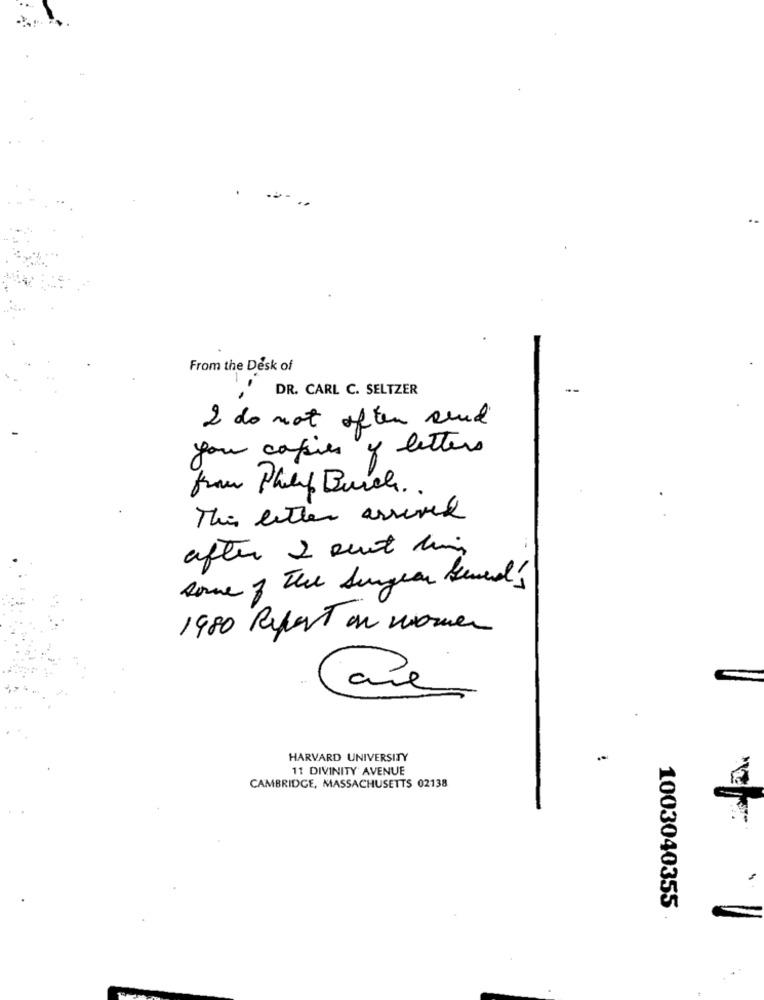
...
From the Desk of
DR. CARL C. SELTZER
--
2 do not often sind
you copies y letters
from Philip Busch ..
This letter assured
after 2 sent di
Rome of The Surgeon General'
1980 Report on women
Care
HARVARD UNIVERSITY
11 DIVINITY' AVENUE
CAMBRIDGE, MASSACHUSETTS 02138
1003040355